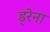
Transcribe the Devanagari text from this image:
ड्रेना